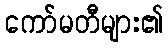
ကော်မတီများ၏